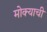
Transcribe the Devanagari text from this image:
मोक्याची